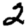
Digit: 2